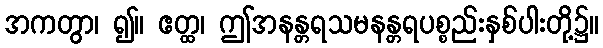
အကတွာ၊ ၍။ ဧတ္ထ၊ ဤအနန္တရသမနန္တရပစ္စည်းနှစ်ပါးတို့၌။